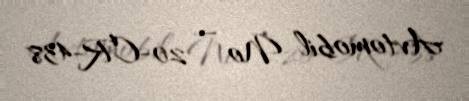
Avtomobil № — 20-CR-438